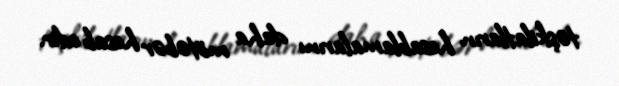
təşkilatların hesablamalarını daha mötəbər hesab edir.